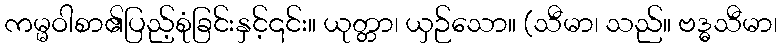
ကမ္မဝါစာ၏ပြည့်စုံခြင်းနှင့်၎င်း။ ယုတ္တာ၊ ယှဉ်သော။ (သီမာ၊ သည်။ ဗဒ္ဓသီမာ၊